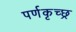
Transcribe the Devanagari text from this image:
पर्णकृच्छ्र